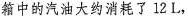
箱中的汽油大约消耗了12L，